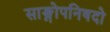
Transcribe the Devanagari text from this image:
साङ्गोपनिषदो